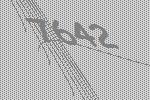
7642